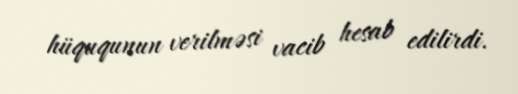
hüququnun verilməsi vacib hesab edilirdi.